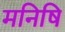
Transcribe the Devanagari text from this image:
मनिषि